Madras plague regulations and rules - Volume 2
Disease focus: Plague
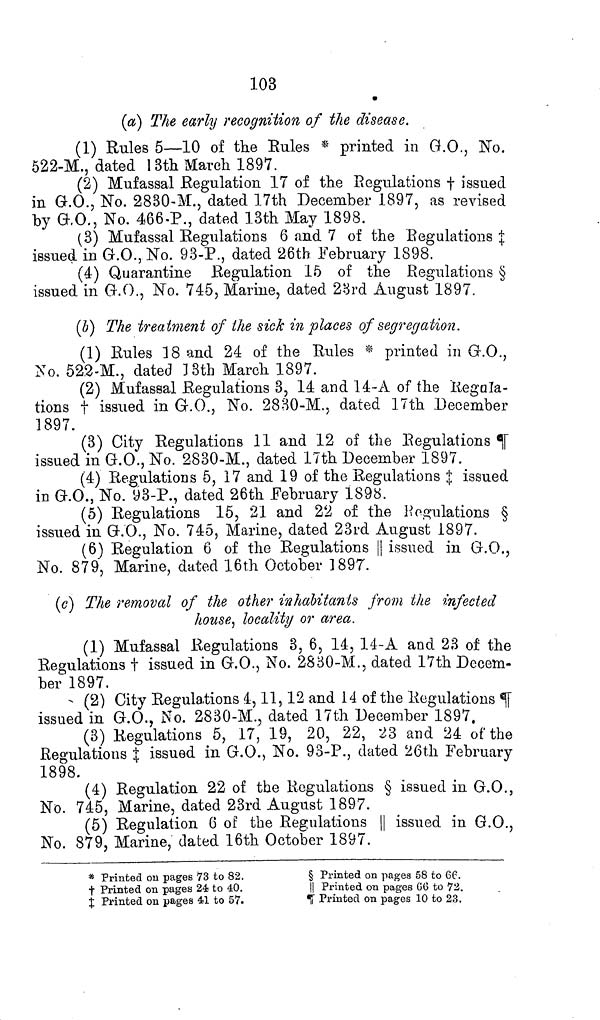
103
(a) The early recognition of the disease.
(1) Rules 5—10 of the Rules * printed in G.O., No.
522-M., dated 13th March 1897.
(2) Mufassal Regulation 17 of the Regulations † issued
in G.O., No. 2830-M., dated 17th December 1897, as revised
by G.O., No. 466-P., dated 13th May 1898.
(3) Mufassal Regulations 6 and 7 of the Regulations ‡
issued in G.O., No. 93-P., dated 26th February 1898.
(4) Quarantine Regulation 15 of the Regulations §
issued in G.O., No. 745, Marine, dated 23rd August 1897.
(b) The treatment of the sick in places of segregation.
(1) Rules 18 and 24 of the Rules * printed in G.O.,
No. 522-M., dated 13th March 1897.
(2) Mufassal Regulations 3, 14 and 14-A of the Regala-
tions † issued in G.O., No. 2830-M., dated 17th December
1897.
(3) City Regulations 11 and 12 of the Regulations ¶
issued in G.O., No. 2830-M., dated 17th December 1897.
(4) Regulations 5, 17 and 19 of the Regulations ‡ issued
in G.O., No. 93-P., dated 26th February 1898.
(5) Regulations 15, 21 and 22 of the Regulations §
issued in G.O., No. 745, Marine, dated 23rd August 1897.
(6) Regulation 6 of the Regulations || issued in G.O.,
No. 879, Marine, dated 16th October 1897.
(c) The removal of the other inhabitants from the infected
house, locality or area.
(1) Mufassal Regulations 3, 6, 14, 14-A and 23 of the
Regulations † issued in G.O., No. 2830-M., dated 17th Decem-
ber 1897.
(2) City Regulations 4, 11, 12 and 14 of the Regulations ¶
issued in G.O., No. 2830-M., dated 17th December 1897.
(3) Regulations 5, 17, 19, 20, 22, 23 and 24 of the
Regulations ‡ issued in G.O., No. 93-P., dated 26th February
1898.
(4) Regulation 22 of the Regulations § issued in G.O.,
No. 745, Marine, dated 23rd August 1897.
(5) Regulation 6 of the Regulations || issued in G.O.,
No. 879, Marine, dated 16th October 1897.
* Printed on pages 73 to 82.
† Printed on pages 24 to 40.
‡ Printed on pages 41 to 57.
§ Printed on pages 58 to 66.
|| Printed on pages 66 to 72.
¶ Printed on pages 10 to 23.